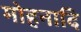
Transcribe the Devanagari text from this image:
मोहनादि